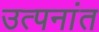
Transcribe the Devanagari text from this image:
उत्पनांत